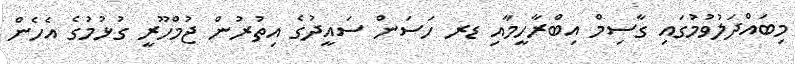
މިބައްދަލުވުމުގައި ގާސިމް އިބްރާހީމާއި ޑރ ހަސަން ސައީދުގެ އިތުރުން ޖުމްހޫރީ ގުޅުމުގެ އެހެން